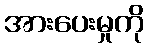
အားပေးမှုကို